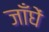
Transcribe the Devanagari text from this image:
जाँघें